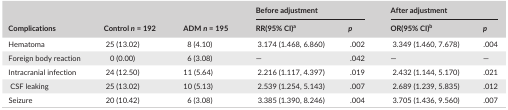
<table><thead><tr><td rowspan="2"><b>Complications</b></td><td rowspan="2"><b>Control <i>n</i> = 192</b></td><td rowspan="2"><b>ADM <i>n</i> = 195</b></td><td colspan="2"><b>Before adjustment</b></td><td colspan="2"><b>After adjustment</b></td></tr><tr><td><b>RR(95% CI)a</b></td><td><b><i>p</i></b></td><td><b>OR(95% CI)b</b></td><td><b><i>p</i></b></td></tr></thead><tbody><tr><td>Hematoma</td><td>25 (13.02)</td><td>8 (4.10)</td><td>3.174 (1.468, 6.860)</td><td>.002</td><td>3.349 (1.460, 7.678)</td><td>.004</td></tr><tr><td>Foreign body reaction</td><td>0 (0.00)</td><td>6 (3.08)</td><td>—</td><td>.042</td><td>—</td><td>—</td></tr><tr><td>Intracranial infection</td><td>24 (12.50)</td><td>11 (5.64)</td><td>2.216 (1.117, 4.397)</td><td>.019</td><td>2.432 (1.144, 5.170)</td><td>.021</td></tr><tr><td> CSF leaking</td><td>25 (13.02)</td><td>10 (5.13)</td><td>2.539 (1.254, 5.143)</td><td>.007</td><td>2.689 (1.239, 5.835)</td><td>.012</td></tr><tr><td>Seizure</td><td>20 (10.42)</td><td>6 (3.08)</td><td>3.385 (1.390, 8.246)</td><td>.004</td><td>3.705 (1.436, 9.560)</td><td>.007</td></tr></tbody></table>